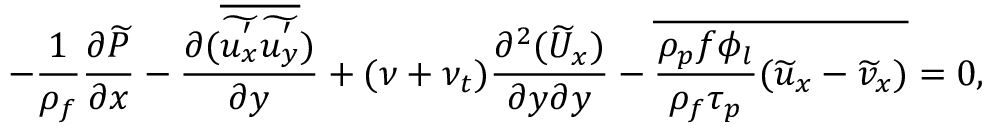
- \frac { 1 } { \rho _ { f } } \frac { \partial \widetilde { P } } { \partial x } - \frac { \partial ( \overline { { \widetilde { u _ { x } ^ { ' } } \widetilde { u _ { y } ^ { ' } } } } ) } { \partial y } + ( \nu + \nu _ { t } ) \frac { \partial ^ { 2 } ( \widetilde { U } _ { x } ) } { \partial y \partial y } - \overline { { \frac { \rho _ { p } f \phi _ { l } } { \rho _ { f } \tau _ { p } } ( \widetilde { u } _ { x } - \widetilde { v } _ { x } ) } } = 0 ,